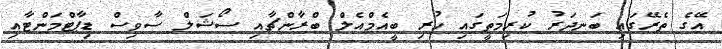
އޭގެ ތެރޭގައި ބަނދަރު ކުރިމަތީގައި ހުރި ބީއެމްއެލް ބްރާންޗާއި ސޯޝަލް ސާވިސް ޑިޕާޓްމަންޓާއި